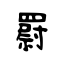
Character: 罻